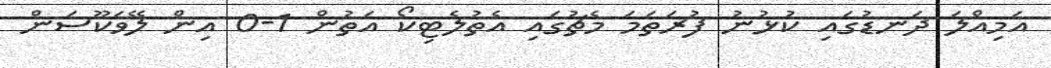
އަމިއްލަ ދަނޑުގައި ކުޅުނު ފުރަތަމަ މެޗުގައި އެތުލެޓިކޯ އަތުން 1-0 އިން ލޭވަކޫސަން